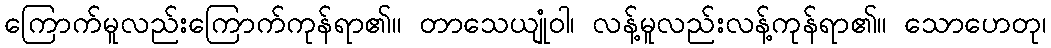
ကြောက်မူလည်းကြောက်ကုန်ရာ၏။ တာသေယျုံဝါ၊ လန့်မူလည်းလန့်ကုန်ရာ၏။ သောဟေတု၊